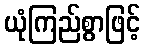
ယုံကြည်စွာဖြင့်